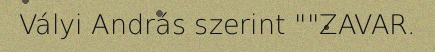
Vályi András szerint ""ZAVAR.